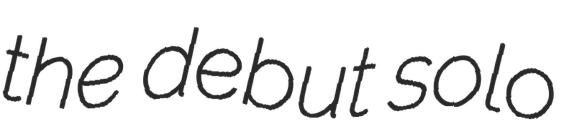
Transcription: the debut solo